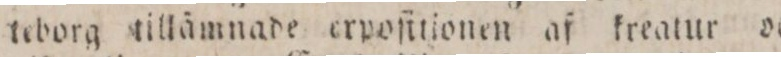
teborg tillämnade erpoſtijonen af kreatur och